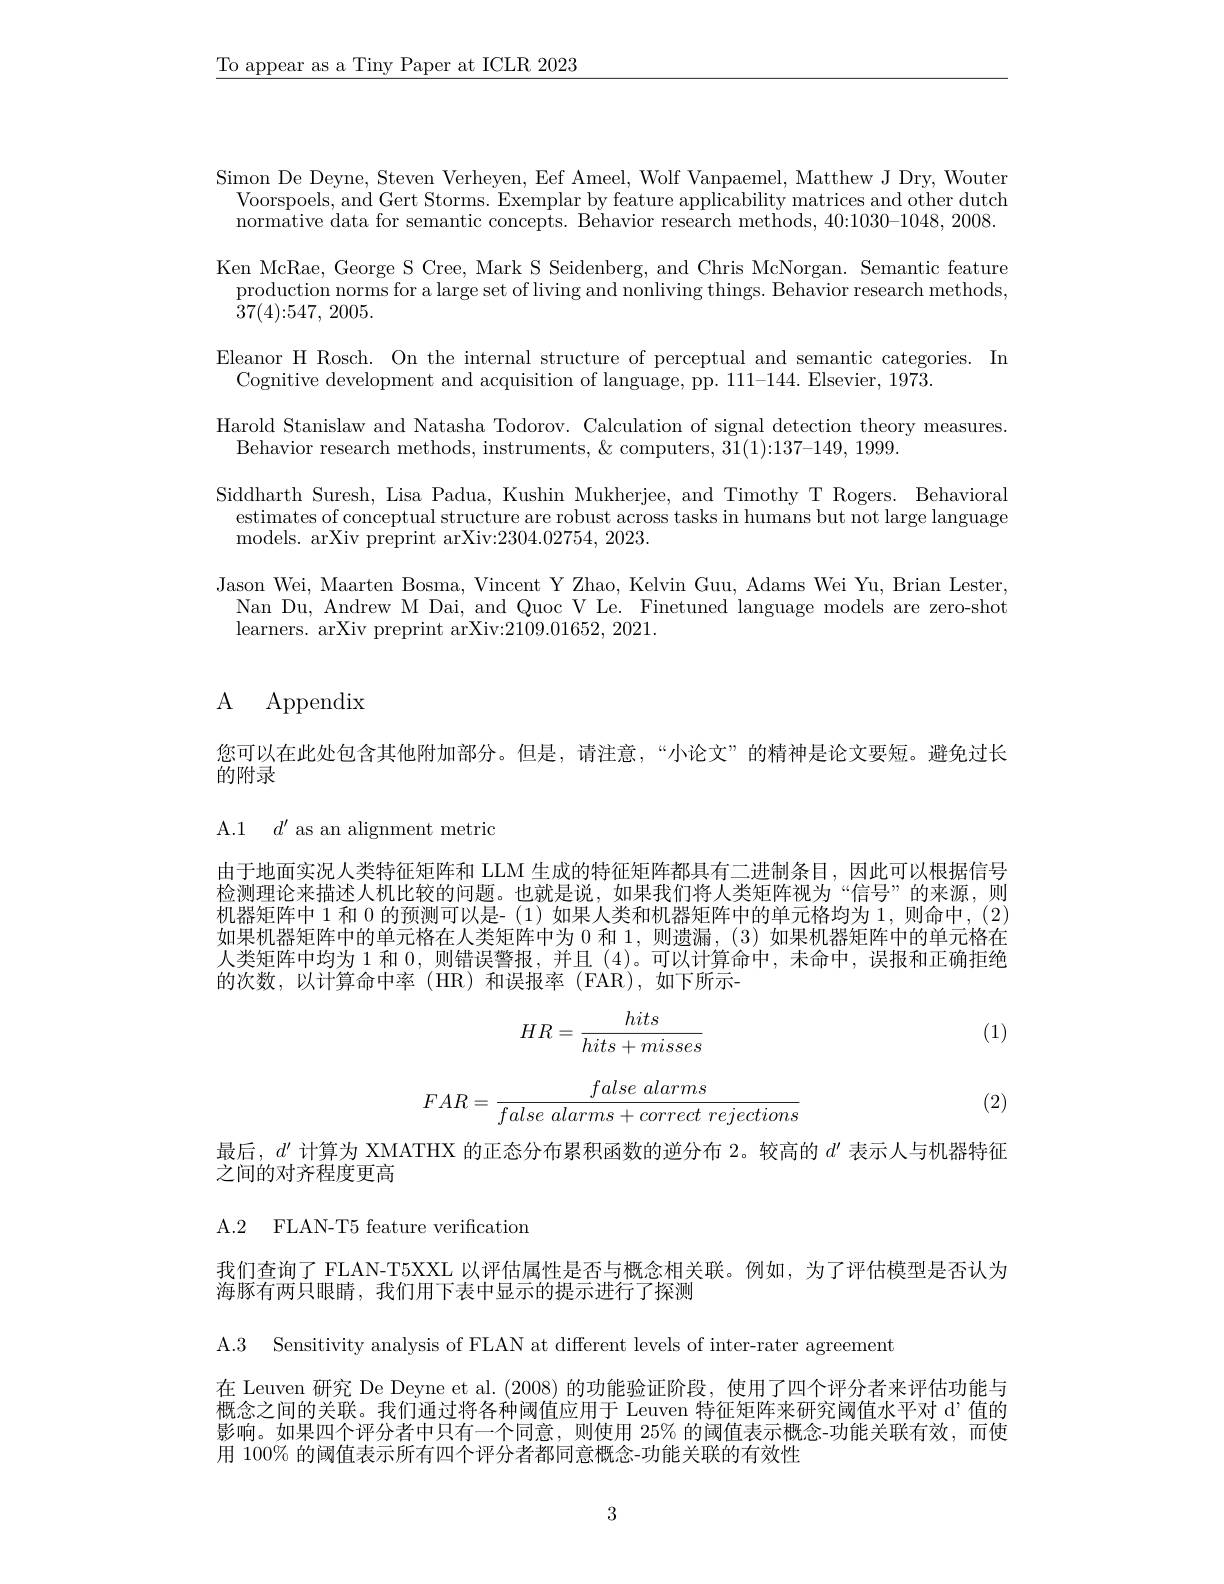
$\underline{\text{To appear as a Tiny Paper at ICLR 2023}}$

Simon De Deyne, Steven Verheyen, Eef Ameel, Wolf Vanpaemel, Matthew J Dry, Wouter
Voorspoels, and Gert Storms. Exemplar by feature applicability matrices and other dutch normative data for semantic concepts. Behavior research methods, 40:1030-1048, 2008. Ken McRae, George S Cree, Mark S Seidenberg, and Chris McNorgan. Semantic feature production norms for a large set of living and nonliving things. Behavior research methods, 37(4){:}547, 2005.
Eleanor H Rosch. On the internal structure of perceptual and semantic categories. In
Cognitive development and acquisition of language, pp. 111-144. Elsevier, 1973.
Harold Stanislaw and Natasha Todorov. Calculation of signal detection theory measures.
Behavior research methods, instruments, $\&$ computers, 31( 1) : 137- 149, 1999.
Siddharth Suresh, Lisa Padua, Kushin Mukherjee, and Timothy T Rogers. Behavioral estimates of conceptual structure are robust across tasks in humans but not large language models. arXiv preprint arXiv:2304.02754, 2023.
Jason Wei, Maarten Bosma, Vincent Y Zhao, Kelvin Guu, Adams Wei Yu, Brian Lester, Nan Du, Andrew M Dai, and Quoc V Le. Finetuned language models are zero-shot learners. arXiv preprint arXiv:2109.01652, 2021.

# ${\mathrm{A} }$ ${\mathrm{Appendix}}$

您可以在此处包含其他附加部分。但是，请注意，“小论文”的精神是论文要短。避免过长
的附录

A.1 $d^{\prime }$ as an alignment metric

由于地面实况人类特征矩阵和 LLM 生成的特征矩阵都具有二进制条目，因此可以根据信号检测理论来描述人机比较的问题。也就是说，如果我们将人类矩阵视为“信号”的来源，则机器矩阵中 1 和 0 的预测可以是- (1) 如果人类和机器矩阵中的单元格均为 1,则命中，(2) 如果机器矩阵中的单元格在人类矩阵中为0和 1,则遗漏，(3)如果机器矩阵中的单元格在人类矩阵中均为 1 和0，则错误警报，并且 (4)。可以计算命中，未命中，误报和正确拒绝的次数，以计算命中率(HR)和误报率(FAR),如下所示-

(1)
$$HR=\frac{hits}{hits+misses}$$
$$FAR=\frac{false\:alarms}{false\:alarms+correct\:rejections}$$
(2)

最后，$d^{\prime}$计算为 XMATHX 的正态分布累积函数的逆分布 2。较高的 $d^{\prime}$ 表示人与机器特征
之间的对齐程度更高

A.2 FLAN-T5 feature verification

我们查询了 FLAN-T5XXL 以评估属性是否与概念相关联。例如，为了评估模型是否认为
海豚有两只眼睛，我们用下表中显示的提示进行了探测

A.3 Sensitivity analysis of FLAN at different levels of inter-rater agreement

在 Leuven 研究 De Deyne et al. (2008) 的功能验证阶段，使用了四个评分者来评估功能与概念之间的关联。我们通过将各种阈值应用于 Leuven 特征矩阵来研究阈值水平对 d’值的影响。如果四个评分者中只有一个同意，则使用 25% 的阈值表示概念-功能关联有效，而使用 100% 的阈值表示所有四个评分者都同意概念-功能关联的有效性

3